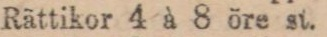
Rättikor 4 à 8 öre st.